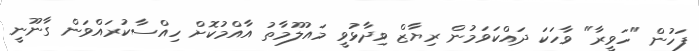
ފަހުން "ހަވީރާ" ވާހަކަ ދައްކަވަމުން ރިޔާޒް ވިދާޅުވީ މައުލޫމާތު އާއްމުކޮށް ހިއްސާކުރައްވަން ގާނޫނީ